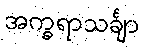
အက္ခရာသင်္ချာ